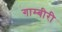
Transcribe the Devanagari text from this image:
गाम्बीरी